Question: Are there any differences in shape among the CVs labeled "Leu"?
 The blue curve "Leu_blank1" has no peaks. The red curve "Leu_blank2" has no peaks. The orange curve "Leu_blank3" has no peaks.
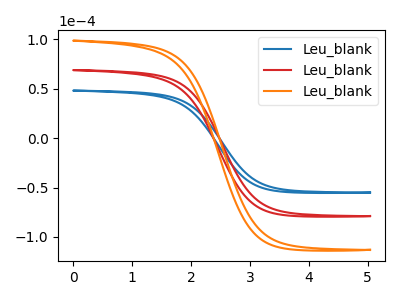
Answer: <think>Neither "Leu_blank1" or "Leu_blank2" have any peaks. Neither "Leu_blank1" or "Leu_blank3" have any peaks. Neither "Leu_blank2" or "Leu_blank3" have any peaks.
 </think>
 <answer>All the CV's of "Leu" have similar shape.</answer>
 <eval>follow_rule</eval>